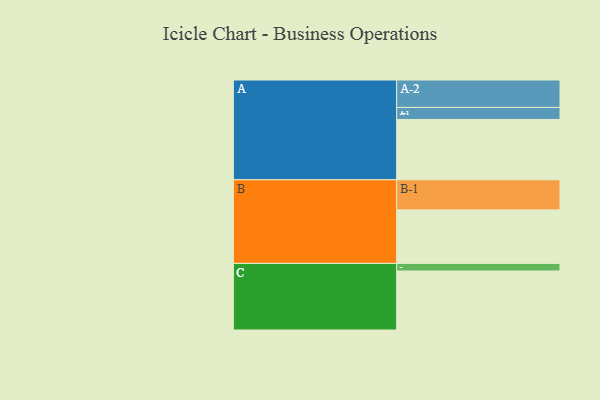
{"axis": {"x": "Segment", "y": "Value"}, "legend": ["", "A", "B", "C"], "data": [{"x": "A", "y": 587, "type": ""}, {"x": "B", "y": 521, "type": ""}, {"x": "C", "y": 574, "type": ""}, {"x": "A-1", "y": 117, "type": "A"}, {"x": "A-2", "y": 267, "type": "A"}, {"x": "B-1", "y": 293, "type": "B"}, {"x": "C-1", "y": 74, "type": "C"}]}